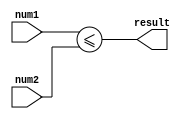
module leq_comparator(
    input wire [7:0] num1,
    input wire [7:0] num2,
    output reg result
);

assign result = (num1 <= num2);

endmodule